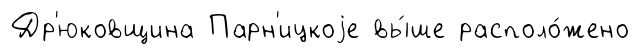
Др'юковщина Парн'ицкоjе вы́ше располо́жено